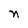
Character: n